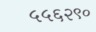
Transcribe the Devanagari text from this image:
५५६२९०